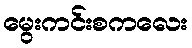
မွေးကင်းစကလေး